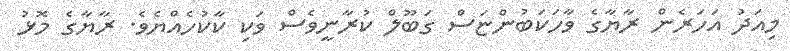
މިއަދު އަހަރެން ރާޔާގެ ވާހަކަބުންޏަސް ގަބޫލް ކުރާނީވެސް ވަކި ކާކުހެއްޔެވެ. ރާޔާގެ މޮޅު